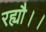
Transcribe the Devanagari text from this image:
रह्यौ।।